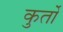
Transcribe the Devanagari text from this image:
कुर्तो